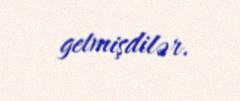
getmişdilər.